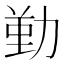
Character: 𠢄